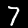
Label: 7